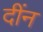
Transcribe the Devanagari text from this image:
दींन